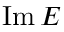
\operatorname { I m } E